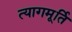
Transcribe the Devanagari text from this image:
त्यागमूर्ति